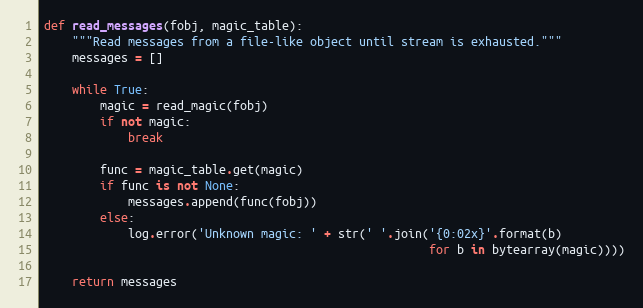
Language: Python
def read_messages(fobj, magic_table):
    """Read messages from a file-like object until stream is exhausted."""
    messages = []

    while True:
        magic = read_magic(fobj)
        if not magic:
            break

        func = magic_table.get(magic)
        if func is not None:
            messages.append(func(fobj))
        else:
            log.error('Unknown magic: ' + str(' '.join('{0:02x}'.format(b)
                                                       for b in bytearray(magic))))

    return messages